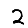
Digit: 2